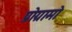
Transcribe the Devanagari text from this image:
प्रोग्रामो